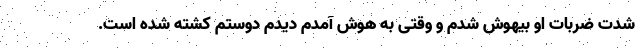
شدت ضربات او بیهوش شدم و وقتی به هوش آمدم دیدم دوستم کشته شده است.